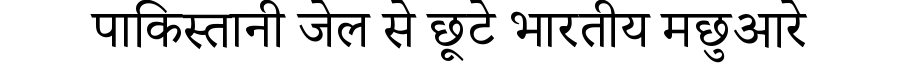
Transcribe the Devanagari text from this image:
पाकिस्तानी जेल से छूटे भारतीय मछुआरे